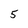
Character: 5